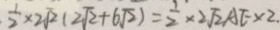
\frac { 1 } { 2 } \times 2 \sqrt { 2 } ( 2 \sqrt { 2 } + 6 \sqrt { 2 } ) = \frac { 1 } { 2 } \times 2 \sqrt { 2 } A E \times 2